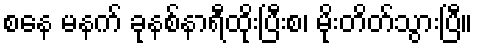
စနေ မနက် ခုနစ်နာရီထိုးပြီးစ၊ မိုးတိတ်သွားပြီ။